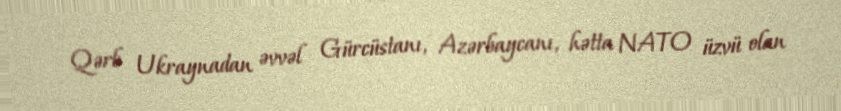
Qərb Ukraynadan əvvəl Gürcüstanı, Azərbaycanı, hətta NATO üzvü olan